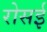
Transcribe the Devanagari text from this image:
रोसई